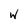
Character: w